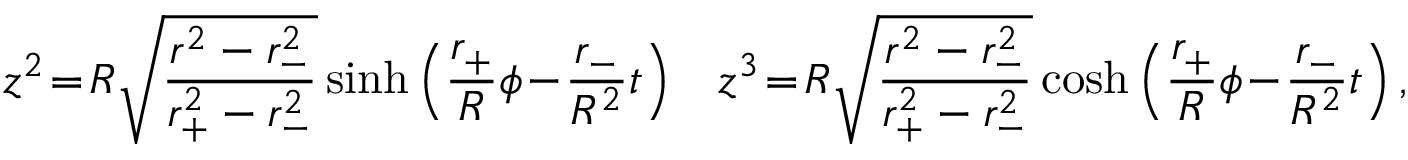
z ^ { 2 } \! = \! R \sqrt { \frac { r ^ { 2 } - r _ { - } ^ { 2 } } { r _ { + } ^ { 2 } - r _ { - } ^ { 2 } } } \sinh \left( \frac { r _ { + } } { R } \phi \! - \! \frac { r _ { - } } { R ^ { 2 } } t \right) \; \; \; z ^ { 3 } \! = \! R \sqrt { \frac { r ^ { 2 } - r _ { - } ^ { 2 } } { r _ { + } ^ { 2 } - r _ { - } ^ { 2 } } } \cosh \left( \frac { r _ { + } } { R } \phi \! - \! \frac { r _ { - } } { R ^ { 2 } } t \right) ,